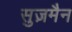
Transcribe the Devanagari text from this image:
सुज़मैन